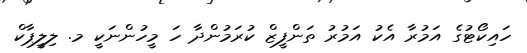
ހައިކޯޓުގެ އަމުރާ އެކު އަމުރު ތަންފީޒް ކުރަމުންދާ ހަ މީހުންނަކީ މ. ލިލީޕާކް